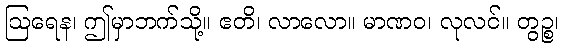
ဩရေန၊ ဤမှာဘက်သို့။ ဧတိ၊ လာလော။ မာဏဝ၊ လုလင်။ တွဉ္စ၊